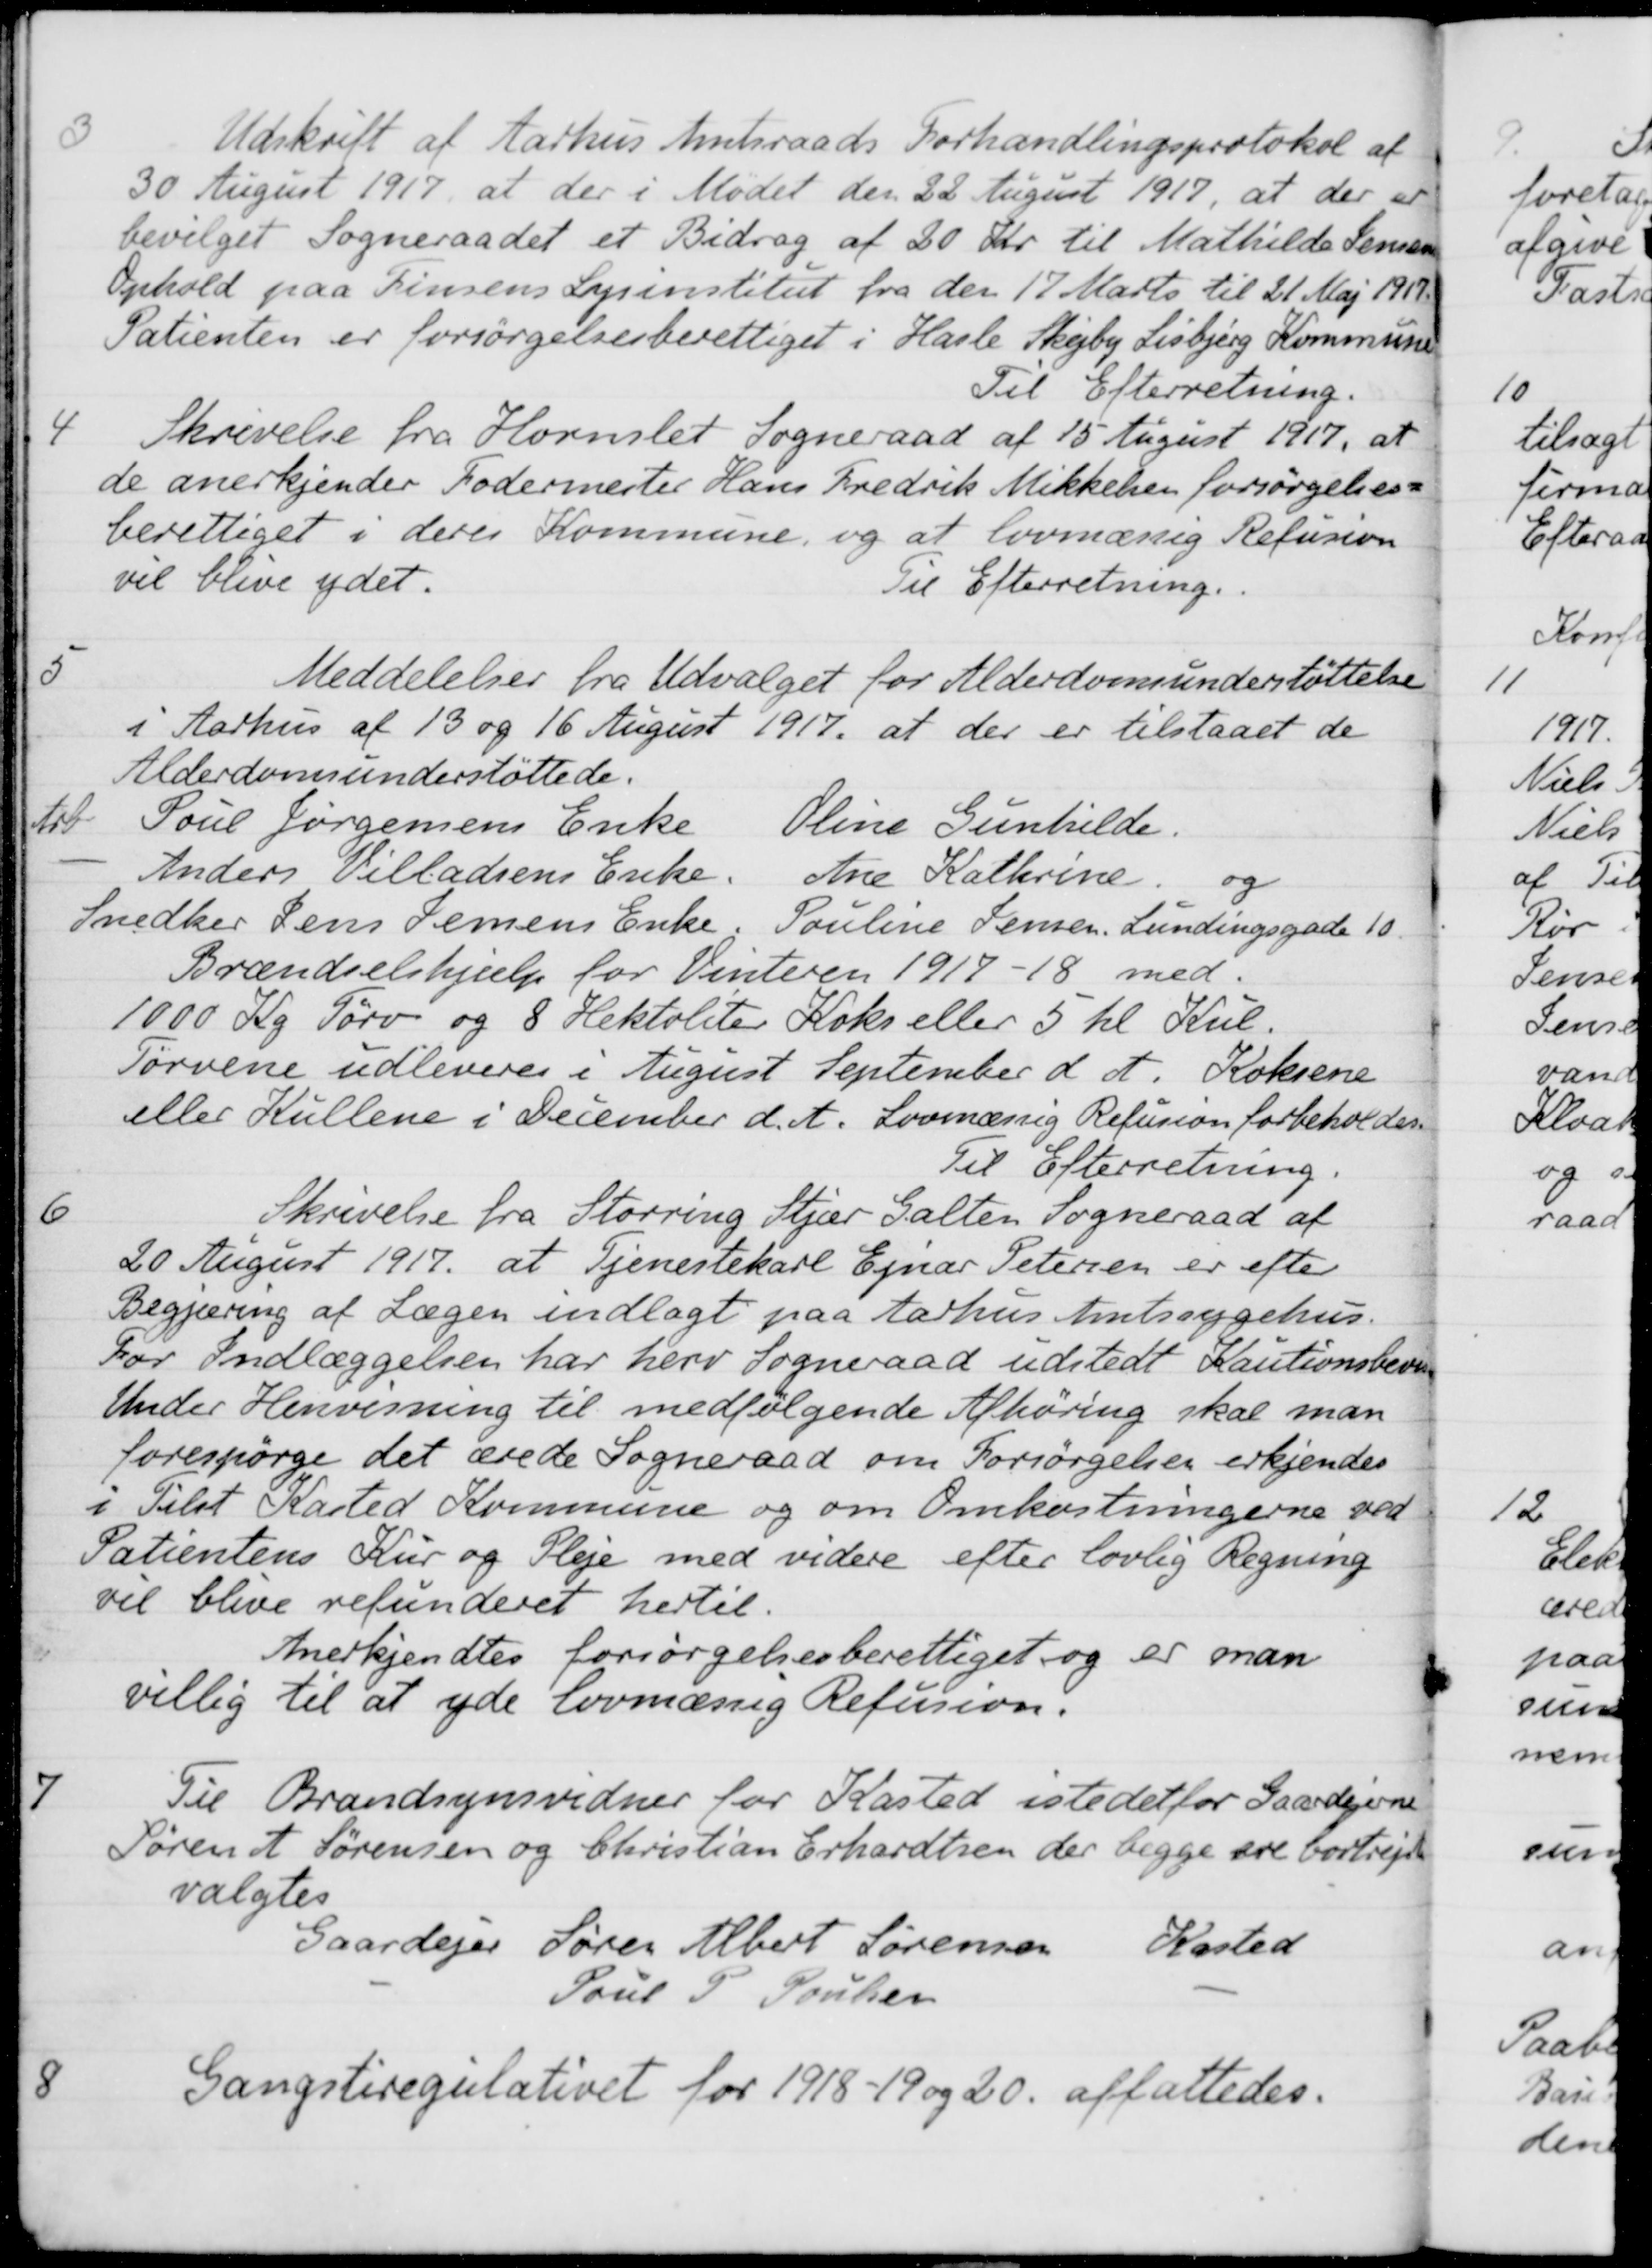
Transskription:
3
Udskrift af Aarhus Amtsraads Forhandlingsprotokol af
30 August 1917, at der i Mødet den 22 August 1917, at der at
bevilget Sogneraadet et Bidrag af 20 Kr. til Mathilde Jensens
Ophold paa Finsens Lysinstitut fra den 17 Marts til 21 Maj 1919.
Patienten er forsørgelsesberettiget i Hasle Skejby Lisbjerg Kommune
Til Efterretning.
4
Skrivelse fra Hornslet Sogneraad af 15 August 1917, at
de anerkjender Fodermester Hans Fredrik Mikkelsen forsørgelses-
berettiget i deres Kommune, og at lovmæssig Refusion
vil blive ydet.
Til Efterretning.
5
Meddelelser fra Udvalget for Alderdomsunderstøttelse
i Aarhus af 13 og 16 August 1917 at der er tilstaaet de
Alderdomsunderstøttede.
Arb Poul Jørgensens Enke Oline Gunhilde.
Anders Villadsens Enke. Ane Kathrine og
Snedker Jens Jensens Enke. Pouline Jensen Lundingsgade 10.
Brændselshjælp for Vinteren 1917-18 med.
1000 Kg Tørv og 8 Hektoliter Koks eller 5 hl Kul.
Tørvene udleveres i August September d. A. Koksene
eller Kullene i December d. A. Lovmæssig Refusion forbeholdes
Til Efterretning.
6
Skrivelse fra Storring Stjær Galten Sogneraad af
20 August 1917 at Tjenestekarl Ejnar Petersen er efter
Begjæring af Lægen indlagt paa Aarhus Amtssygehus.
For Indlæggelsen har herv Sogneraad udstedt Kautionsbevis
Under Henvisning til medfølgende Afhøring skal man
forespørge det ærede Sogneraad om Forsørgelsen erkjendes
i Tilst Kasted Kommune og om Omkostningerne ved
Patientens Kur og Pleje med videre efter lovlig Regning
vil blive refunderet hertil.
Anerkjendtes forsørgelsesberettiget og er man
villig til at yde lovmæssig Refusion.
7
Til Brandsynsvidner for Kasted istedetfor Gaardejerne
Søren A Sørensen og Christian Erhardtsen der begge ere bortrejs
valgtes
Gaardejer Søren Albert Sørensen Kasted
Poul P Poulsen
8
Gangstiregulativet for 1918-19 og 20 affattedes.